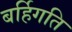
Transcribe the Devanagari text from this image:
बर्हिगति